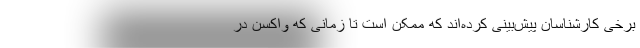
برخی کارشناسان پیش‌بینی کرده‌اند که ممکن است تا زمانی که واکسن در